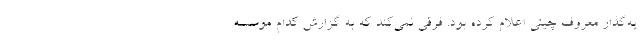
یه‌گذار معروف چینی اعلام کرده بود. فرقی نمی‌کند که به گزارش کدام موسسه